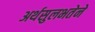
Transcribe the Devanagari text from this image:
अर्थसुलभतेने